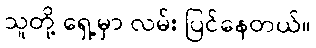
သူတို့ ရှေ့မှာ လမ်း ပြင်နေတယ်။